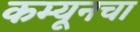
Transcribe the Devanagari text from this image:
कम्यूनचा